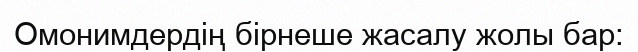
Омонимдердің бірнеше жасалу жолы бар: